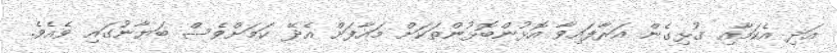
އަދި އެކަމާއި ގުޅިގެން އަރާފައިވާ އޮޅުންބޮޅުންތަކަށް މައާފަށް އެދޭ ކަމަށްވެސް ބަޔާނުގައި ވެއެވެ.